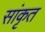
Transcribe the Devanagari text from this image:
सांकृत